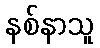
နစ်နာသူ